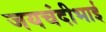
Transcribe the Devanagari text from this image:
जयचंदीभाई